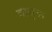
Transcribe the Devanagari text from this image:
वाजूक